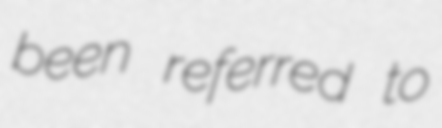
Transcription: been referred to